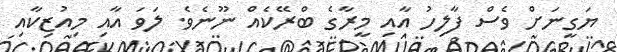
ޔަގީނަށް ވެސް ފާލިހު އާއި މީރާގެ ބްރޭކެއް ނޫނެވެ. ލަވަ އާއި މިއުޒިކާއި